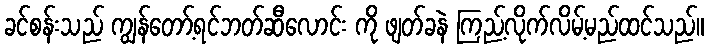
ခင်စန်းသည် ကျွန်တော့်ရင်ဘတ်ဆီလောင်း ကို ဖျတ်ခနဲ ကြည့်လိုက်လိမ့်မည်ထင်သည်။